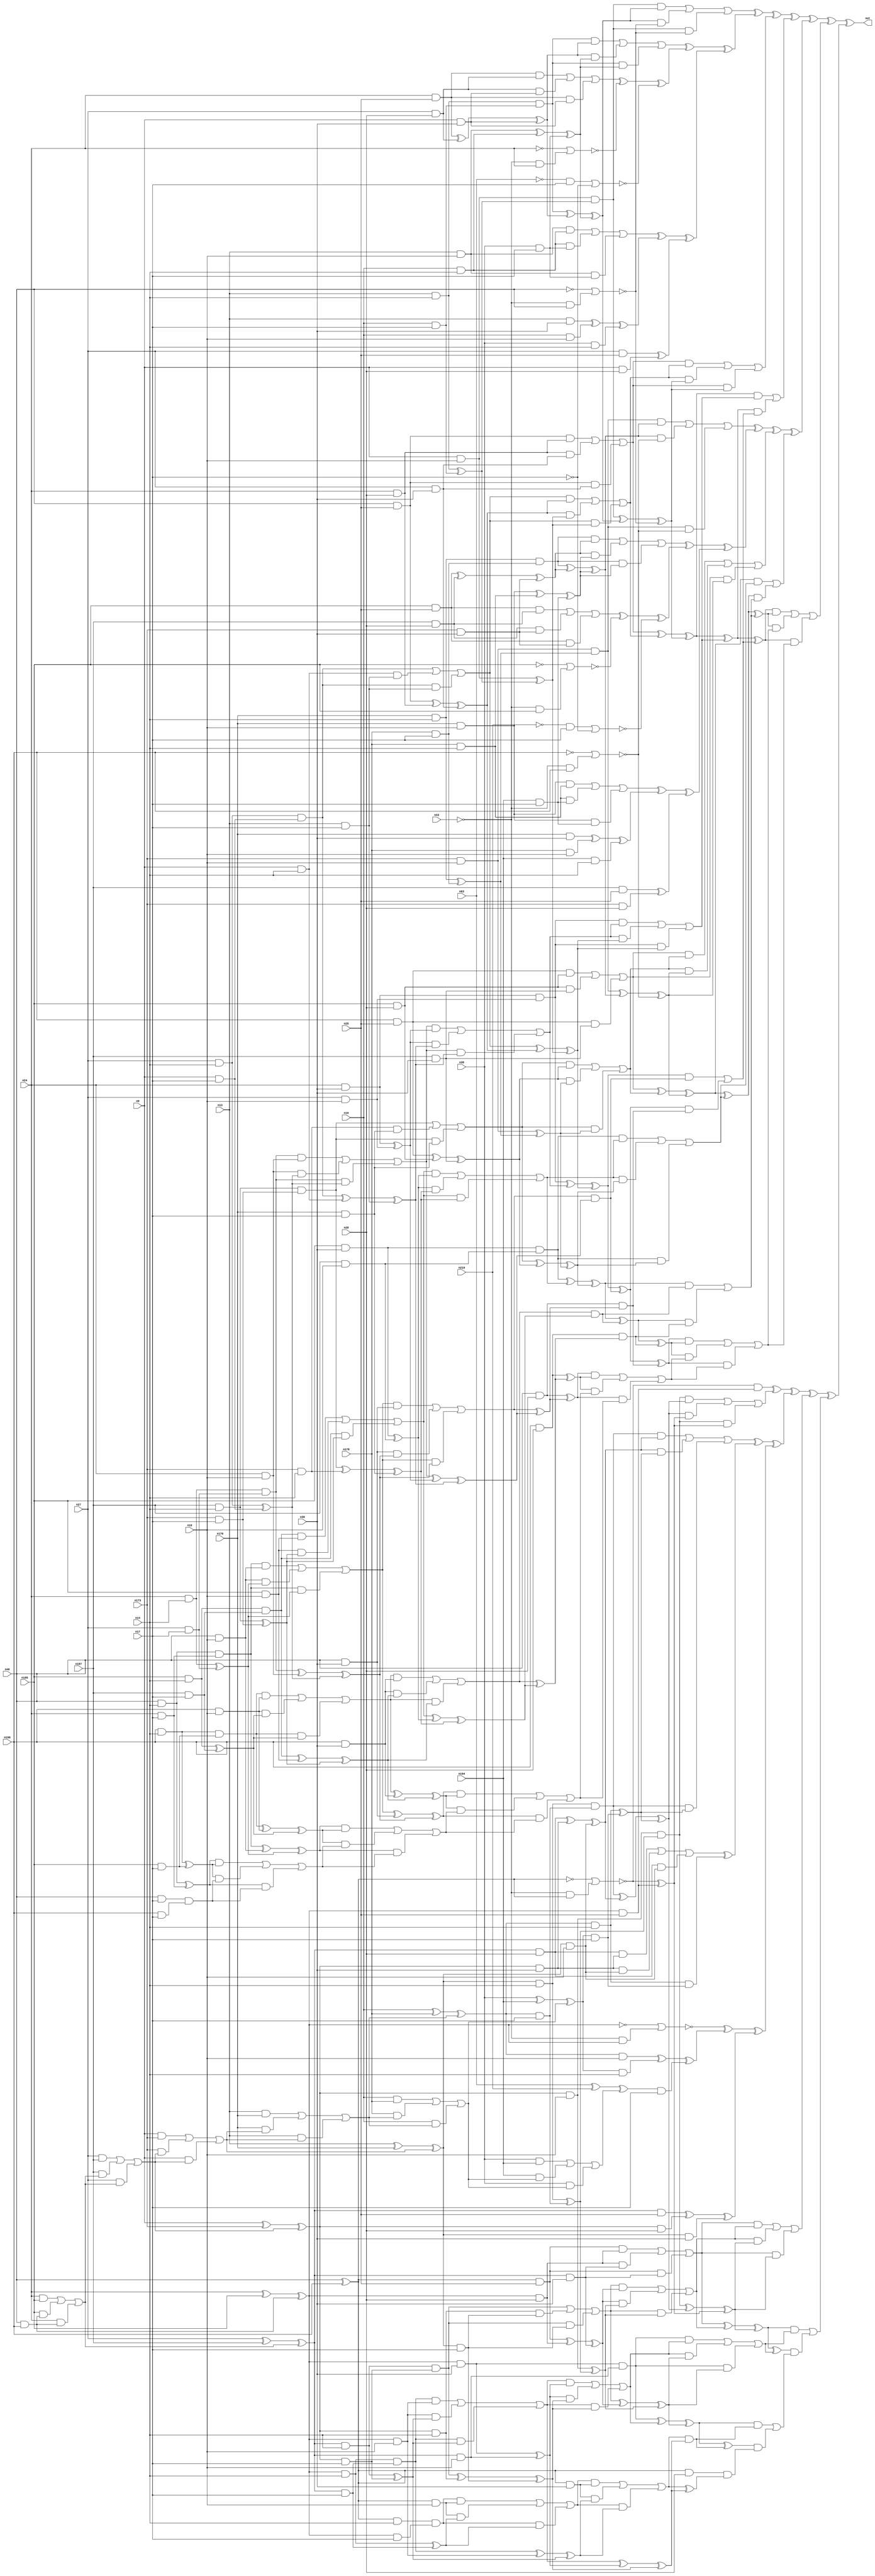
module top (out,n9,n10,n13,n14,n16,n17,n24,n25,n27
        ,n28,n30,n36,n40,n43,n63,n173,n176,n178,n185
        ,n187,n194,n198,n219);
output out;
input n9;
input n10;
input n13;
input n14;
input n16;
input n17;
input n24;
input n25;
input n27;
input n28;
input n30;
input n36;
input n40;
input n43;
input n63;
input n173;
input n176;
input n178;
input n185;
input n187;
input n194;
input n198;
input n219;
wire n0;
wire n1;
wire n2;
wire n3;
wire n4;
wire n5;
wire n6;
wire n7;
wire n8;
wire n11;
wire n12;
wire n15;
wire n18;
wire n19;
wire n20;
wire n21;
wire n22;
wire n23;
wire n26;
wire n29;
wire n31;
wire n32;
wire n33;
wire n34;
wire n35;
wire n37;
wire n38;
wire n39;
wire n41;
wire n42;
wire n44;
wire n45;
wire n46;
wire n47;
wire n48;
wire n49;
wire n50;
wire n51;
wire n52;
wire n53;
wire n54;
wire n55;
wire n56;
wire n57;
wire n58;
wire n59;
wire n60;
wire n61;
wire n62;
wire n64;
wire n65;
wire n66;
wire n67;
wire n68;
wire n69;
wire n70;
wire n71;
wire n72;
wire n73;
wire n74;
wire n75;
wire n76;
wire n77;
wire n78;
wire n79;
wire n80;
wire n81;
wire n82;
wire n83;
wire n84;
wire n85;
wire n86;
wire n87;
wire n88;
wire n89;
wire n90;
wire n91;
wire n92;
wire n93;
wire n94;
wire n95;
wire n96;
wire n97;
wire n98;
wire n99;
wire n100;
wire n101;
wire n102;
wire n103;
wire n104;
wire n105;
wire n106;
wire n107;
wire n108;
wire n109;
wire n110;
wire n111;
wire n112;
wire n113;
wire n114;
wire n115;
wire n116;
wire n117;
wire n118;
wire n119;
wire n120;
wire n121;
wire n122;
wire n123;
wire n124;
wire n125;
wire n126;
wire n127;
wire n128;
wire n129;
wire n130;
wire n131;
wire n132;
wire n133;
wire n134;
wire n135;
wire n136;
wire n137;
wire n138;
wire n139;
wire n140;
wire n141;
wire n142;
wire n143;
wire n144;
wire n145;
wire n146;
wire n147;
wire n148;
wire n149;
wire n150;
wire n151;
wire n152;
wire n153;
wire n154;
wire n155;
wire n156;
wire n157;
wire n158;
wire n159;
wire n160;
wire n161;
wire n162;
wire n163;
wire n164;
wire n165;
wire n166;
wire n167;
wire n168;
wire n169;
wire n170;
wire n171;
wire n172;
wire n174;
wire n175;
wire n177;
wire n179;
wire n180;
wire n181;
wire n182;
wire n183;
wire n184;
wire n186;
wire n188;
wire n189;
wire n190;
wire n191;
wire n192;
wire n193;
wire n195;
wire n196;
wire n197;
wire n199;
wire n200;
wire n201;
wire n202;
wire n203;
wire n204;
wire n205;
wire n206;
wire n207;
wire n208;
wire n209;
wire n210;
wire n211;
wire n212;
wire n213;
wire n214;
wire n215;
wire n216;
wire n217;
wire n218;
wire n220;
wire n221;
wire n222;
wire n223;
wire n224;
wire n225;
wire n226;
wire n227;
wire n228;
wire n229;
wire n230;
wire n231;
wire n232;
wire n233;
wire n234;
wire n235;
wire n236;
wire n237;
wire n238;
wire n239;
wire n240;
wire n241;
wire n242;
wire n243;
wire n244;
wire n245;
wire n246;
wire n247;
wire n248;
wire n249;
wire n250;
wire n251;
wire n252;
wire n253;
wire n254;
wire n255;
wire n256;
wire n257;
wire n258;
wire n259;
wire n260;
wire n261;
wire n262;
wire n263;
wire n264;
wire n265;
wire n266;
wire n267;
wire n268;
wire n269;
wire n270;
wire n271;
wire n272;
wire n273;
wire n274;
wire n275;
wire n276;
wire n277;
wire n278;
wire n279;
wire n280;
wire n281;
wire n282;
wire n283;
wire n284;
wire n285;
wire n286;
wire n287;
wire n288;
wire n289;
wire n290;
wire n291;
wire n292;
wire n293;
wire n294;
wire n295;
wire n296;
wire n297;
wire n298;
wire n299;
wire n300;
wire n301;
wire n302;
wire n303;
wire n304;
wire n305;
wire n306;
wire n307;
wire n308;
wire n309;
wire n310;
wire n311;
wire n312;
wire n313;
wire n314;
wire n315;
wire n316;
wire n317;
wire n318;
wire n319;
wire n320;
wire n321;
wire n322;
wire n323;
wire n324;
wire n325;
wire n326;
wire n327;
wire n328;
wire n329;
wire n330;
wire n331;
wire n332;
wire n333;
wire n334;
wire n335;
wire n336;
wire n337;
wire n338;
wire n339;
wire n340;
wire n341;
wire n342;
wire n343;
wire n344;
wire n345;
wire n346;
wire n347;
wire n348;
wire n349;
wire n350;
wire n351;
wire n352;
wire n353;
wire n354;
wire n355;
wire n356;
wire n357;
wire n358;
wire n359;
wire n360;
wire n361;
wire n362;
wire n363;
wire n364;
wire n365;
wire n366;
wire n367;
wire n368;
wire n369;
wire n370;
wire n371;
wire n372;
wire n373;
wire n374;
wire n375;
wire n376;
wire n377;
wire n378;
wire n379;
wire n380;
wire n381;
wire n382;
wire n383;
wire n384;
wire n385;
wire n386;
wire n387;
wire n388;
wire n389;
wire n390;
wire n391;
wire n392;
wire n393;
wire n394;
wire n395;
wire n396;
wire n397;
wire n398;
wire n399;
wire n400;
wire n401;
wire n402;
wire n403;
wire n404;
wire n405;
wire n406;
wire n407;
wire n408;
wire n409;
wire n410;
wire n411;
wire n412;
wire n413;
wire n414;
wire n415;
wire n416;
wire n417;
wire n418;
wire n419;
wire n420;
wire n421;
wire n422;
wire n423;
wire n424;
wire n425;
wire n426;
wire n427;
wire n428;
wire n429;
wire n430;
wire n431;
wire n432;
wire n433;
wire n434;
wire n435;
wire n436;
wire n437;
wire n438;
wire n439;
wire n440;
wire n441;
wire n442;
wire n443;
wire n444;
wire n445;
wire n446;
wire n447;
wire n448;
wire n449;
wire n450;
wire n451;
wire n452;
wire n453;
wire n454;
wire n455;
wire n456;
wire n457;
wire n458;
wire n459;
wire n460;
wire n461;
wire n462;
wire n463;
wire n464;
wire n465;
wire n466;
wire n467;
wire n468;
wire n469;
wire n470;
wire n471;
wire n472;
wire n473;
wire n474;
wire n475;
wire n476;
wire n477;
wire n478;
wire n479;
wire n480;
wire n481;
wire n482;
wire n483;
wire n484;
wire n485;
wire n486;
wire n487;
wire n488;
wire n489;
wire n490;
wire n491;
wire n492;
wire n493;
wire n494;
wire n495;
wire n496;
wire n497;
wire n498;
wire n499;
wire n500;
wire n501;
wire n502;
wire n503;
wire n504;
wire n505;
wire n506;
wire n507;
wire n508;
wire n509;
wire n510;
wire n511;
wire n512;
wire n513;
wire n514;
wire n515;
wire n516;
wire n517;
wire n518;
wire n519;
wire n520;
wire n521;
wire n522;
wire n523;
wire n524;
wire n525;
wire n526;
wire n527;
wire n528;
wire n529;
wire n530;
wire n531;
wire n532;
wire n533;
wire n534;
wire n535;
wire n536;
wire n537;
wire n538;
wire n539;
wire n540;
wire n541;
wire n542;
wire n543;
wire n544;
wire n545;
wire n546;
wire n547;
xor (out,n0,n364);
xor (n0,n1,n321);
xor (n1,n2,n166);
xor (n2,n3,n107);
xor (n3,n4,n79);
xor (n4,n5,n45);
or (n5,n6,n37,n44);
and (n6,n7,n18);
and (n7,n8,n11);
and (n8,n9,n10);
xor (n11,n12,n15);
and (n12,n13,n14);
and (n15,n16,n17);
xor (n18,n19,n31);
xor (n19,n20,n21);
and (n20,n12,n15);
xor (n21,n22,n29);
xor (n22,n23,n26);
and (n23,n24,n25);
and (n26,n27,n28);
and (n29,n9,n30);
xor (n31,n32,n35);
xor (n32,n33,n34);
and (n33,n13,n10);
and (n34,n16,n14);
and (n35,n36,n17);
and (n37,n18,n38);
nor (n38,n39,n41);
not (n39,n40);
and (n41,n42,n40);
not (n42,n43);
and (n44,n7,n38);
xor (n45,n46,n65);
xor (n46,n47,n51);
or (n47,n48,n49,n50);
and (n48,n20,n21);
and (n49,n21,n31);
and (n50,n20,n31);
xor (n51,n52,n60);
xor (n52,n53,n57);
or (n53,n54,n55,n56);
and (n54,n23,n26);
and (n55,n26,n29);
and (n56,n23,n29);
nor (n57,n58,n59);
not (n58,n24);
and (n59,n42,n24);
nor (n60,n61,n64);
and (n61,n62,n17);
not (n62,n63);
not (n64,n17);
xor (n65,n66,n76);
xor (n66,n67,n71);
or (n67,n68,n69,n70);
and (n68,n33,n34);
and (n69,n34,n35);
and (n70,n33,n35);
xor (n71,n72,n75);
xor (n72,n73,n74);
and (n73,n13,n30);
and (n74,n16,n10);
and (n75,n36,n14);
xor (n76,n77,n78);
and (n77,n27,n25);
and (n78,n9,n28);
or (n79,n80,n103,n106);
and (n80,n81,n88);
or (n81,n82,n85,n87);
and (n82,n83,n84);
and (n83,n40,n25);
and (n84,n24,n28);
and (n85,n84,n86);
and (n86,n27,n30);
and (n87,n83,n86);
or (n88,n89,n100,n102);
and (n89,n90,n98);
or (n90,n91,n94,n97);
and (n91,n92,n93);
and (n92,n27,n14);
and (n93,n9,n17);
and (n94,n95,n96);
and (n95,n9,n14);
and (n96,n13,n17);
and (n97,n91,n96);
xor (n98,n99,n86);
xor (n99,n83,n84);
and (n100,n98,n101);
xor (n101,n8,n11);
and (n102,n90,n101);
and (n103,n88,n104);
xor (n104,n105,n38);
xor (n105,n7,n18);
and (n106,n81,n104);
or (n107,n108,n136);
and (n108,n109,n111);
xor (n109,n110,n104);
xor (n110,n81,n88);
or (n111,n112,n132,n135);
and (n112,n113,n116);
and (n113,n114,n115);
and (n114,n24,n30);
and (n115,n27,n10);
or (n116,n117,n128,n131);
and (n117,n118,n127);
or (n118,n119,n124,n126);
and (n119,n120,n123);
and (n120,n121,n122);
and (n121,n24,n14);
and (n122,n27,n17);
and (n123,n24,n10);
and (n124,n123,n125);
xor (n125,n92,n93);
and (n126,n120,n125);
xor (n127,n114,n115);
and (n128,n127,n129);
xor (n129,n130,n96);
xor (n130,n91,n95);
and (n131,n118,n129);
and (n132,n116,n133);
xor (n133,n134,n101);
xor (n134,n90,n98);
and (n135,n113,n133);
and (n136,n137,n138);
xor (n137,n109,n111);
or (n138,n139,n161);
and (n139,n140,n142);
xor (n140,n141,n133);
xor (n141,n113,n116);
and (n142,n143,n159);
or (n143,n144,n155,n158);
and (n144,n145,n154);
or (n145,n146,n151,n153);
and (n146,n147,n150);
and (n147,n148,n149);
and (n148,n40,n14);
and (n149,n24,n17);
and (n150,n40,n10);
and (n151,n150,n152);
xor (n152,n121,n122);
and (n153,n147,n152);
and (n154,n40,n30);
and (n155,n154,n156);
xor (n156,n157,n125);
xor (n157,n120,n123);
and (n158,n145,n156);
xor (n159,n160,n129);
xor (n160,n118,n127);
and (n161,n162,n163);
xor (n162,n140,n142);
and (n163,n164,n165);
and (n164,n40,n28);
xor (n165,n143,n159);
xor (n166,n167,n262);
xor (n167,n168,n234);
xor (n168,n169,n201);
or (n169,n170,n195,n200);
and (n170,n171,n179);
and (n171,n172,n174);
and (n172,n173,n10);
xor (n174,n175,n177);
and (n175,n176,n14);
and (n177,n178,n17);
xor (n179,n180,n189);
xor (n180,n181,n182);
and (n181,n175,n177);
xor (n182,n183,n188);
xor (n183,n184,n186);
and (n184,n185,n25);
and (n186,n187,n28);
and (n188,n173,n30);
xor (n189,n190,n193);
xor (n190,n191,n192);
and (n191,n176,n10);
and (n192,n178,n14);
and (n193,n194,n17);
and (n195,n179,n196);
nor (n196,n197,n199);
not (n197,n198);
and (n199,n42,n198);
and (n200,n171,n196);
xor (n201,n202,n220);
xor (n202,n203,n207);
or (n203,n204,n205,n206);
and (n204,n181,n182);
and (n205,n182,n189);
and (n206,n181,n189);
xor (n207,n208,n216);
xor (n208,n209,n213);
or (n209,n210,n211,n212);
and (n210,n184,n186);
and (n211,n186,n188);
and (n212,n184,n188);
nor (n213,n214,n215);
not (n214,n185);
and (n215,n42,n185);
nor (n216,n217,n64);
and (n217,n218,n17);
not (n218,n219);
xor (n220,n221,n231);
xor (n221,n222,n226);
or (n222,n223,n224,n225);
and (n223,n191,n192);
and (n224,n192,n193);
and (n225,n191,n193);
xor (n226,n227,n230);
xor (n227,n228,n229);
and (n228,n176,n30);
and (n229,n178,n10);
and (n230,n194,n14);
xor (n231,n232,n233);
and (n232,n187,n25);
and (n233,n173,n28);
or (n234,n235,n258,n261);
and (n235,n236,n243);
or (n236,n237,n240,n242);
and (n237,n238,n239);
and (n238,n198,n25);
and (n239,n185,n28);
and (n240,n239,n241);
and (n241,n187,n30);
and (n242,n238,n241);
or (n243,n244,n255,n257);
and (n244,n245,n253);
or (n245,n246,n249,n252);
and (n246,n247,n248);
and (n247,n187,n14);
and (n248,n173,n17);
and (n249,n250,n251);
and (n250,n173,n14);
and (n251,n176,n17);
and (n252,n246,n251);
xor (n253,n254,n241);
xor (n254,n238,n239);
and (n255,n253,n256);
xor (n256,n172,n174);
and (n257,n245,n256);
and (n258,n243,n259);
xor (n259,n260,n196);
xor (n260,n171,n179);
and (n261,n236,n259);
or (n262,n263,n291);
and (n263,n264,n266);
xor (n264,n265,n259);
xor (n265,n236,n243);
or (n266,n267,n287,n290);
and (n267,n268,n271);
and (n268,n269,n270);
and (n269,n185,n30);
and (n270,n187,n10);
or (n271,n272,n283,n286);
and (n272,n273,n282);
or (n273,n274,n279,n281);
and (n274,n275,n278);
and (n275,n276,n277);
and (n276,n185,n14);
and (n277,n187,n17);
and (n278,n185,n10);
and (n279,n278,n280);
xor (n280,n247,n248);
and (n281,n275,n280);
xor (n282,n269,n270);
and (n283,n282,n284);
xor (n284,n285,n251);
xor (n285,n246,n250);
and (n286,n273,n284);
and (n287,n271,n288);
xor (n288,n289,n256);
xor (n289,n245,n253);
and (n290,n268,n288);
and (n291,n292,n293);
xor (n292,n264,n266);
or (n293,n294,n316);
and (n294,n295,n297);
xor (n295,n296,n288);
xor (n296,n268,n271);
and (n297,n298,n314);
or (n298,n299,n310,n313);
and (n299,n300,n309);
or (n300,n301,n306,n308);
and (n301,n302,n305);
and (n302,n303,n304);
and (n303,n198,n14);
and (n304,n185,n17);
and (n305,n198,n10);
and (n306,n305,n307);
xor (n307,n276,n277);
and (n308,n302,n307);
and (n309,n198,n30);
and (n310,n309,n311);
xor (n311,n312,n280);
xor (n312,n275,n278);
and (n313,n300,n311);
xor (n314,n315,n284);
xor (n315,n273,n282);
and (n316,n317,n318);
xor (n317,n295,n297);
and (n318,n319,n320);
and (n319,n198,n28);
xor (n320,n298,n314);
or (n321,n322,n325,n363);
and (n322,n323,n324);
xor (n323,n137,n138);
xor (n324,n292,n293);
and (n325,n324,n326);
or (n326,n327,n330,n362);
and (n327,n328,n329);
xor (n328,n162,n163);
xor (n329,n317,n318);
and (n330,n329,n331);
or (n331,n332,n335,n361);
and (n332,n333,n334);
xor (n333,n164,n165);
xor (n334,n319,n320);
and (n335,n334,n336);
or (n336,n337,n342,n360);
and (n337,n338,n340);
xor (n338,n339,n156);
xor (n339,n145,n154);
xor (n340,n341,n311);
xor (n341,n300,n309);
and (n342,n340,n343);
or (n343,n344,n349,n359);
and (n344,n345,n347);
xor (n345,n346,n152);
xor (n346,n147,n150);
xor (n347,n348,n307);
xor (n348,n302,n305);
and (n349,n347,n350);
or (n350,n351,n354,n358);
and (n351,n352,n353);
xor (n352,n148,n149);
xor (n353,n303,n304);
and (n354,n353,n355);
and (n355,n356,n357);
and (n356,n40,n17);
and (n357,n198,n17);
and (n358,n352,n355);
and (n359,n345,n350);
and (n360,n338,n343);
and (n361,n333,n336);
and (n362,n328,n331);
and (n363,n323,n326);
xor (n364,n365,n489);
xor (n365,n366,n461);
xor (n366,n367,n428);
xor (n367,n368,n377);
and (n368,n369,n373);
nor (n369,n370,n372);
not (n370,n371);
xor (n371,n40,n198);
and (n372,n42,n371);
and (n373,n374,n25);
xor (n374,n375,n376);
xor (n375,n24,n185);
and (n376,n40,n198);
or (n377,n378,n425,n427);
and (n378,n379,n406);
and (n379,n380,n391);
and (n380,n381,n10);
xor (n381,n382,n383);
xor (n382,n9,n173);
or (n383,n384,n385,n390);
and (n384,n27,n187);
and (n385,n187,n386);
or (n386,n387,n388,n389);
and (n387,n24,n185);
and (n388,n185,n376);
and (n389,n24,n376);
and (n390,n27,n386);
xor (n391,n392,n399);
and (n392,n393,n14);
xor (n393,n394,n395);
xor (n394,n13,n176);
or (n395,n396,n397,n398);
and (n396,n9,n173);
and (n397,n173,n383);
and (n398,n9,n383);
and (n399,n400,n17);
xor (n400,n401,n402);
xor (n401,n16,n178);
or (n402,n403,n404,n405);
and (n403,n13,n176);
and (n404,n176,n395);
and (n405,n13,n395);
xor (n406,n407,n416);
xor (n407,n408,n409);
and (n408,n392,n399);
xor (n409,n410,n415);
xor (n410,n411,n414);
and (n411,n412,n28);
xor (n412,n413,n386);
xor (n413,n27,n187);
and (n414,n381,n30);
and (n415,n393,n10);
xor (n416,n417,n418);
and (n417,n400,n14);
and (n418,n419,n17);
xor (n419,n420,n421);
xor (n420,n36,n194);
or (n421,n422,n423,n424);
and (n422,n16,n178);
and (n423,n178,n402);
and (n424,n16,n402);
and (n425,n406,n426);
xor (n426,n369,n373);
and (n427,n379,n426);
xor (n428,n429,n440);
xor (n429,n430,n434);
or (n430,n431,n432,n433);
and (n431,n408,n409);
and (n432,n409,n416);
and (n433,n408,n416);
xor (n434,n435,n439);
or (n435,n436,n437,n438);
and (n436,n411,n414);
and (n437,n414,n415);
and (n438,n411,n415);
and (n439,n417,n418);
xor (n440,n441,n456);
xor (n441,n442,n445);
nor (n442,n443,n444);
not (n443,n374);
and (n444,n42,n374);
xor (n445,n446,n449);
xor (n446,n447,n448);
and (n447,n400,n10);
and (n448,n419,n14);
and (n449,n450,n17);
xor (n450,n451,n452);
xor (n451,n63,n219);
or (n452,n453,n454,n455);
and (n453,n36,n194);
and (n454,n194,n421);
and (n455,n36,n421);
xor (n456,n457,n460);
xor (n457,n458,n459);
and (n458,n412,n25);
and (n459,n381,n28);
and (n460,n393,n30);
or (n461,n462,n485,n488);
and (n462,n463,n470);
or (n463,n464,n467,n469);
and (n464,n465,n466);
and (n465,n371,n25);
and (n466,n374,n28);
and (n467,n466,n468);
and (n468,n412,n30);
and (n469,n465,n468);
or (n470,n471,n482,n484);
and (n471,n472,n480);
or (n472,n473,n476,n479);
and (n473,n474,n475);
and (n474,n412,n14);
and (n475,n381,n17);
and (n476,n477,n478);
and (n477,n381,n14);
and (n478,n393,n17);
and (n479,n473,n478);
xor (n480,n481,n468);
xor (n481,n465,n466);
and (n482,n480,n483);
xor (n483,n380,n391);
and (n484,n472,n483);
and (n485,n470,n486);
xor (n486,n487,n426);
xor (n487,n379,n406);
and (n488,n463,n486);
or (n489,n490,n518);
and (n490,n491,n493);
xor (n491,n492,n486);
xor (n492,n463,n470);
or (n493,n494,n514,n517);
and (n494,n495,n498);
and (n495,n496,n497);
and (n496,n374,n30);
and (n497,n412,n10);
or (n498,n499,n510,n513);
and (n499,n500,n509);
or (n500,n501,n506,n508);
and (n501,n502,n505);
and (n502,n503,n504);
and (n503,n374,n14);
and (n504,n412,n17);
and (n505,n374,n10);
and (n506,n505,n507);
xor (n507,n474,n475);
and (n508,n502,n507);
xor (n509,n496,n497);
and (n510,n509,n511);
xor (n511,n512,n478);
xor (n512,n473,n477);
and (n513,n500,n511);
and (n514,n498,n515);
xor (n515,n516,n483);
xor (n516,n472,n480);
and (n517,n495,n515);
and (n518,n519,n520);
xor (n519,n491,n493);
or (n520,n521,n543);
and (n521,n522,n524);
xor (n522,n523,n515);
xor (n523,n495,n498);
and (n524,n525,n541);
or (n525,n526,n537,n540);
and (n526,n527,n536);
or (n527,n528,n533,n535);
and (n528,n529,n532);
and (n529,n530,n531);
and (n530,n371,n14);
and (n531,n374,n17);
and (n532,n371,n10);
and (n533,n532,n534);
xor (n534,n503,n504);
and (n535,n529,n534);
and (n536,n371,n30);
and (n537,n536,n538);
xor (n538,n539,n507);
xor (n539,n502,n505);
and (n540,n527,n538);
xor (n541,n542,n511);
xor (n542,n500,n509);
and (n543,n544,n545);
xor (n544,n522,n524);
and (n545,n546,n547);
and (n546,n371,n28);
xor (n547,n525,n541);
endmodule